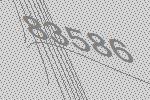
83586